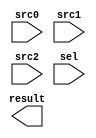
module SEL_32x3 (
  input      [31:0]   src0,
  input      [31:0]   src1,
  input      [31:0]   src2,
  input      [2:0]    sel,
  output reg [31:0]   result
);
endmodule